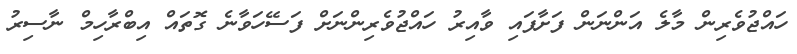
ހައްޖުވެރިން މާލެ އަންނަން ފަށާފައި ވާއިރު ހައްޖުވެރިންނަށް ފަސޭހަވާނެ ގޮތައް އިބްރާހިމް ނާސިރު